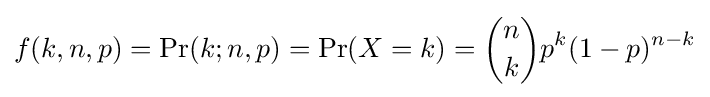
f(k,n,p)=\Pr(k;n,p)=\Pr(X=k)={\binom {n}{k}}p^{k}(1-p)^{n-k}